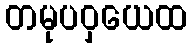
တမုပဝှယေထ